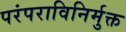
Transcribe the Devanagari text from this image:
परंपराविनिर्मुक्त